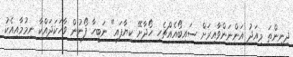
ދިނިންތަ މިއަދު އަންނަންވާއިރަށް ސައިބޯއެއްޗެހި ހޯދާށޭ ކިޔާފައި" ނަބީހާ ފޯނުން ވާހަކަދައްކާ ނިމުމާއިއެކު